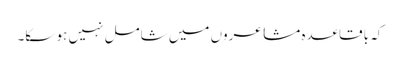
کہ باقاعدہ مشاعروں میں شامل نہیں ہو سکا۔